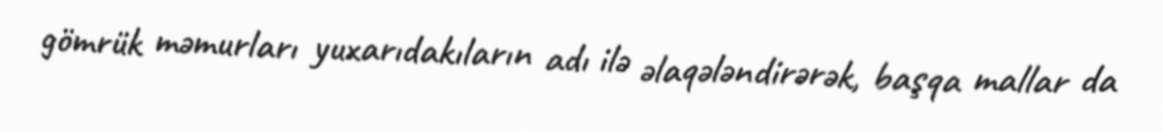
gömrük məmurları yuxarıdakıların adı ilə əlaqələndirərək, başqa mallar da